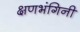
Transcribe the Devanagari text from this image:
क्षणभंगिनी